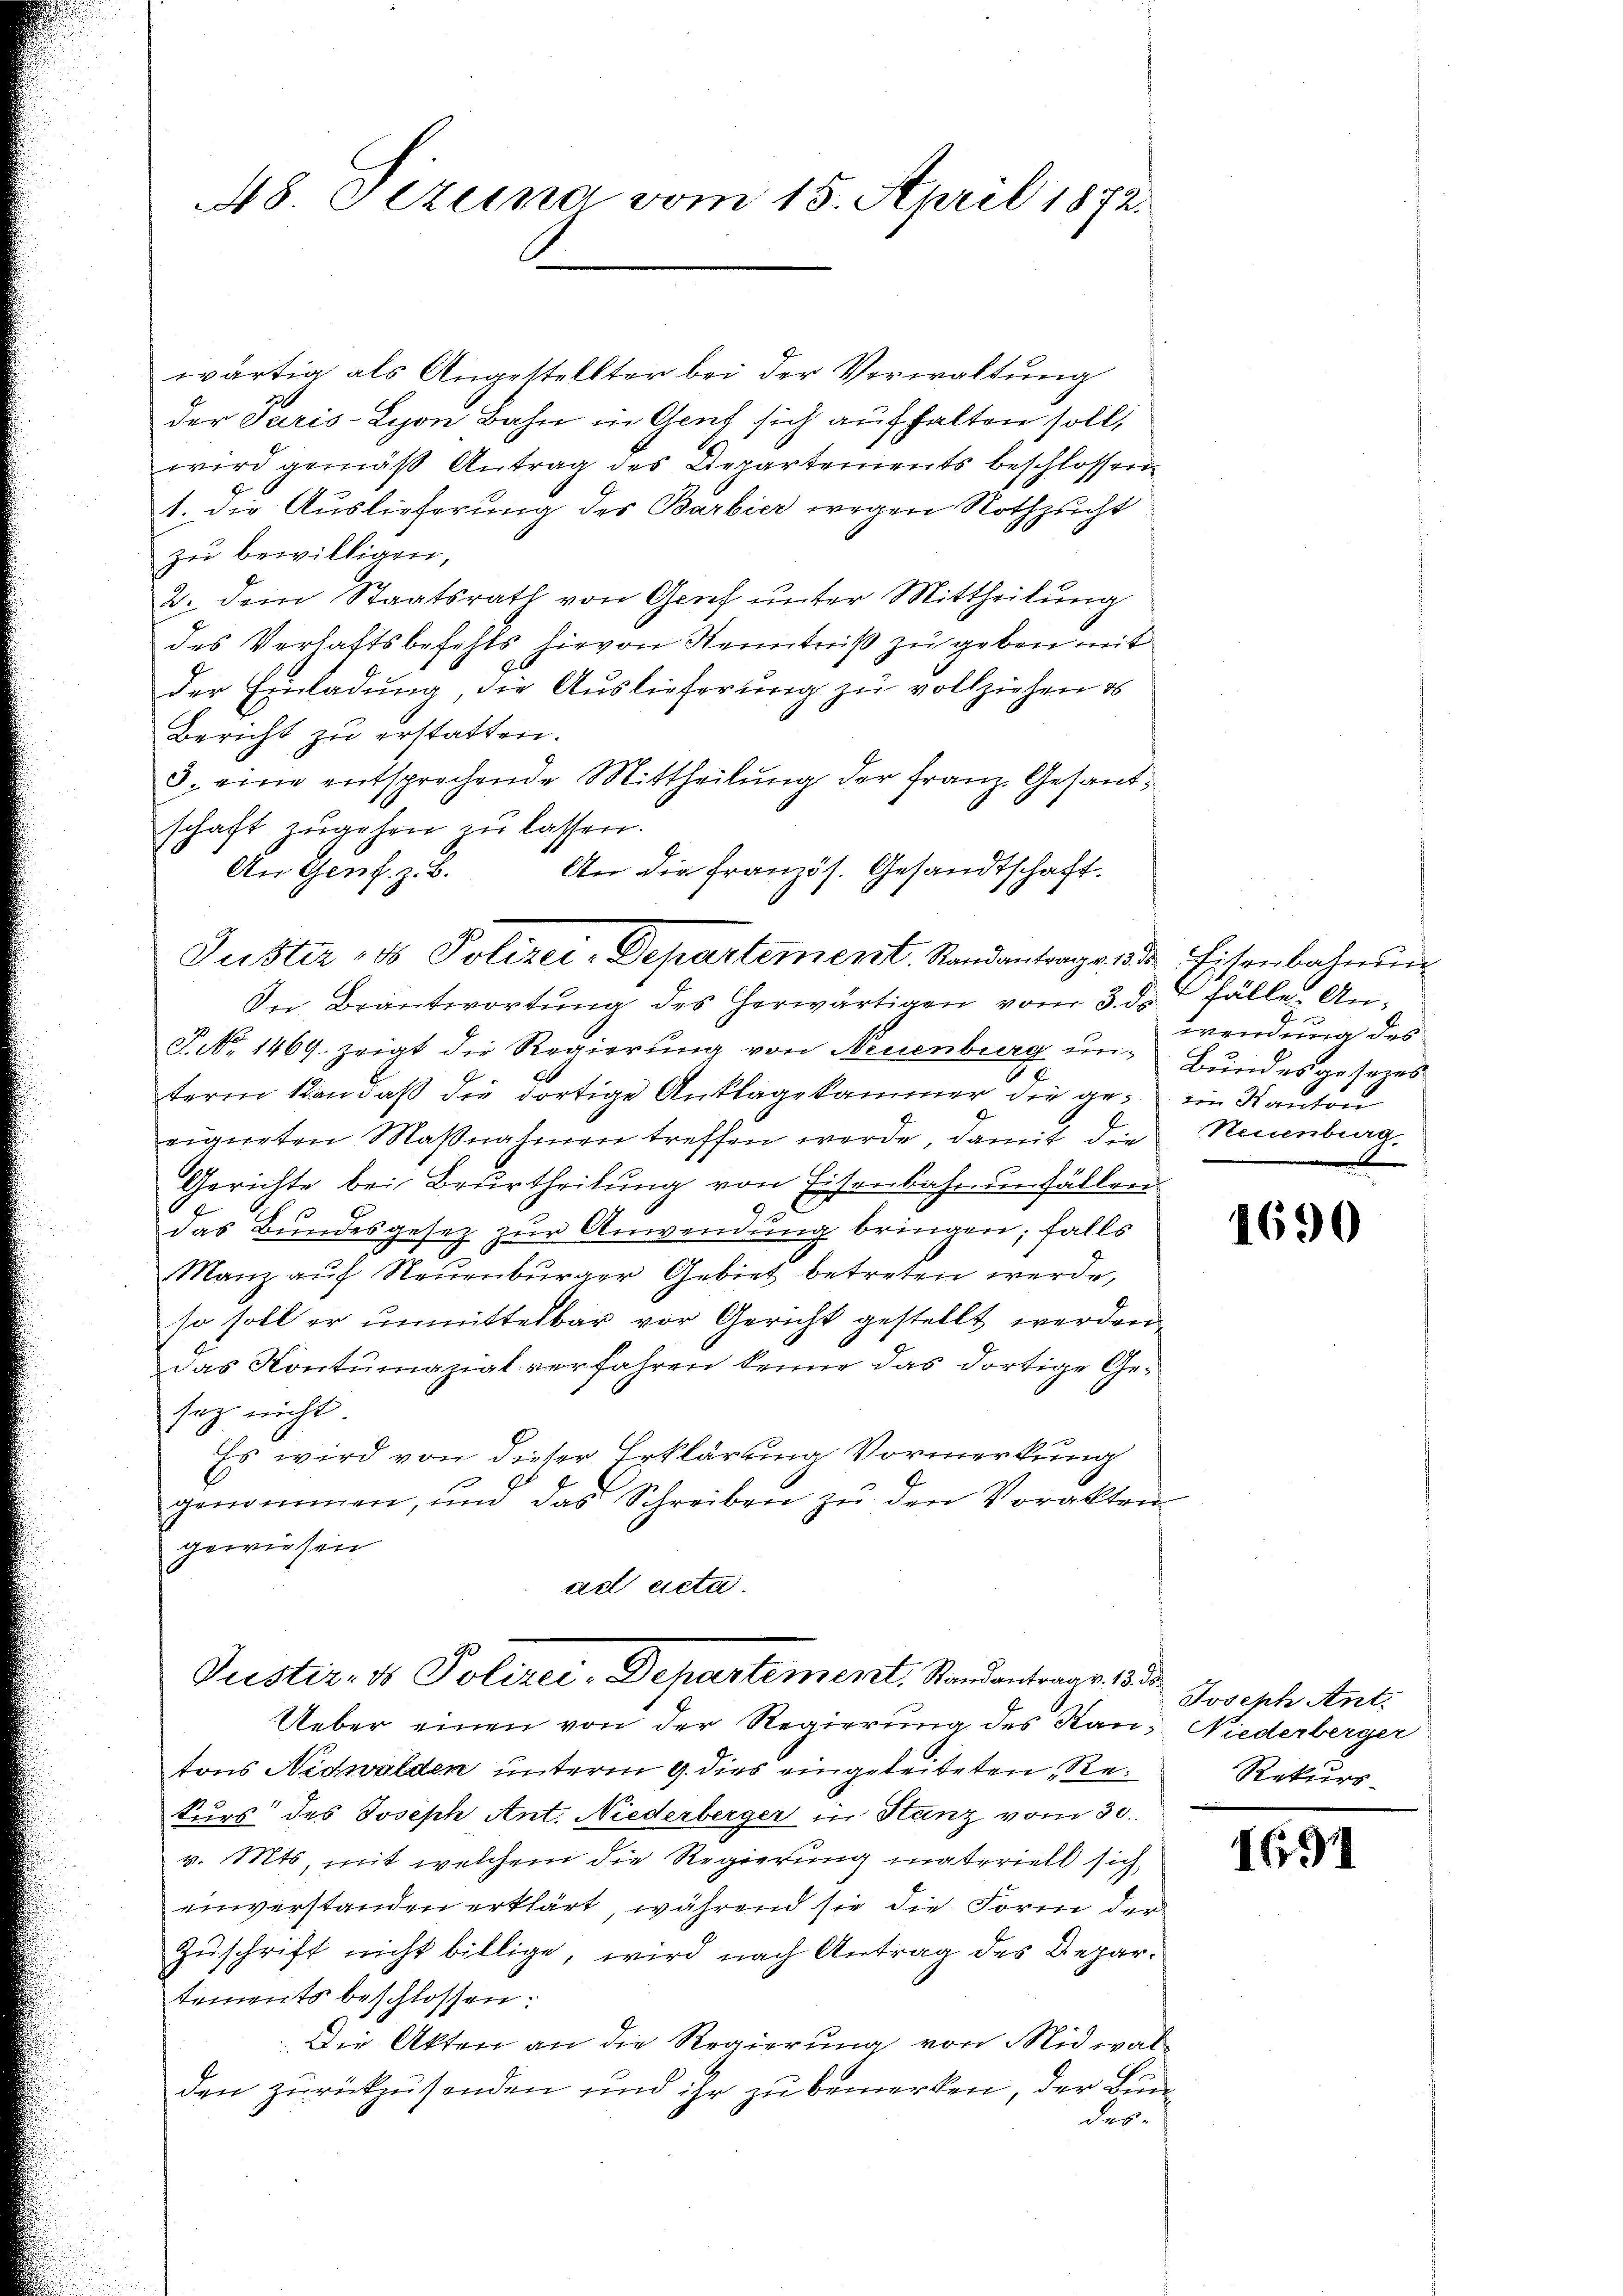
48. Pezuna vom 15. April 1872.

wärtig als Angestellter bei der Verwaltung
der Paris Lyon Bahn in Genf sich aufhalten soll,
wird gemäß Antrag des Departements beschlossen
1. Die Auslieferung des Barbier wegen Nothzucht
zu bewilligen,
2. dem Staatsrath von Genf unter Mittheilung
des Verhaftsbefehls hievon Kenntniß zu geben mit
der Einladung, die Auslieferung zu vollziehen es
Bericht zu erstatten.
8. eine entsprechende Mittheilŭng der Franz. Gesant-
schaft zŭgehen zu lassen.
An Genf. z. B.
An die französ. Gesandtschaft.
In Beantwortung des herwärtigen vom 3. d. J fälle An¬
J. No. 1469. zeigt die Regierŭng von Neuenburg ŭm Bŭndesgesezes
term kan daß die dortige Anklagekammer die ge¬ ein Kanton
eigneten Maβnahmen treffen werde, damit die Neuenburg,
Gerichte bei Beurtheilung von Eisenbahnenfällen
das Bundesgesez zur Anwendung bringen; falls
e
Manz auf Neuenburger Gebiet betreten werde,
so soll er unmittelbar vor Gericht gestellt werden,
Das Kontumazial verfahren könne das dortige Gesez nicht
Es wird von dieser Erklärung Vormerkung
genommen, ŭm das Schreiben zŭ den Vorakten
gewiesen

Puster ds Polizei-Departement. Standantrage der Eisenbahnun

ad acta.
Justiz- & Polizei-Departement, Standantrags 1835.

Ueber einen von der Regierung des Kantons Nidwalden unterm 9. dies eingeleiteten Re¬
Surs des Joseph Ant. Niederberger in Stanz vom 30.
v. Mts, mit welchem die Regierung materiell sich
einverstanden erklärt, während sie die Form der
Zuschrift nicht billige, wird nach Antrag des Departements beschlossen:
.Die Akten an die Regierung von Nidwalden zurückzusenden und ihr zu bemerken, der Bundes

wendung des

1690

Joseph Ant.
Niederberger
Rekurs-

1691